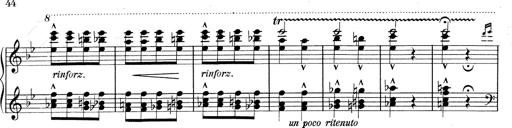
Title: RÃ©miniscences de Don Juan
Composer: Franz Liszt